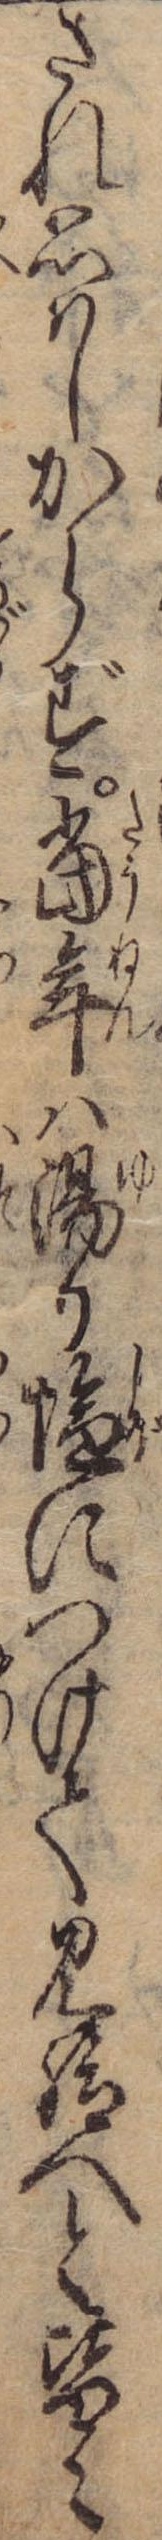
され思はしからず当年は湯か塩につけて見給へと皆々